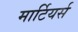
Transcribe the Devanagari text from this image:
मार्टियर्स